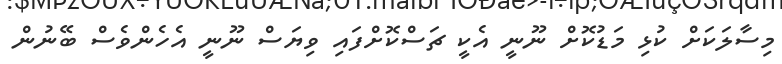
މިސާލަކަށް ކުޅި މަޑުކޮށް ނޫނީ އެކީ ޗަސްކޮށްފައި ވިޔަސް ނޫނީ އެހެންވެސް ބޭނުން